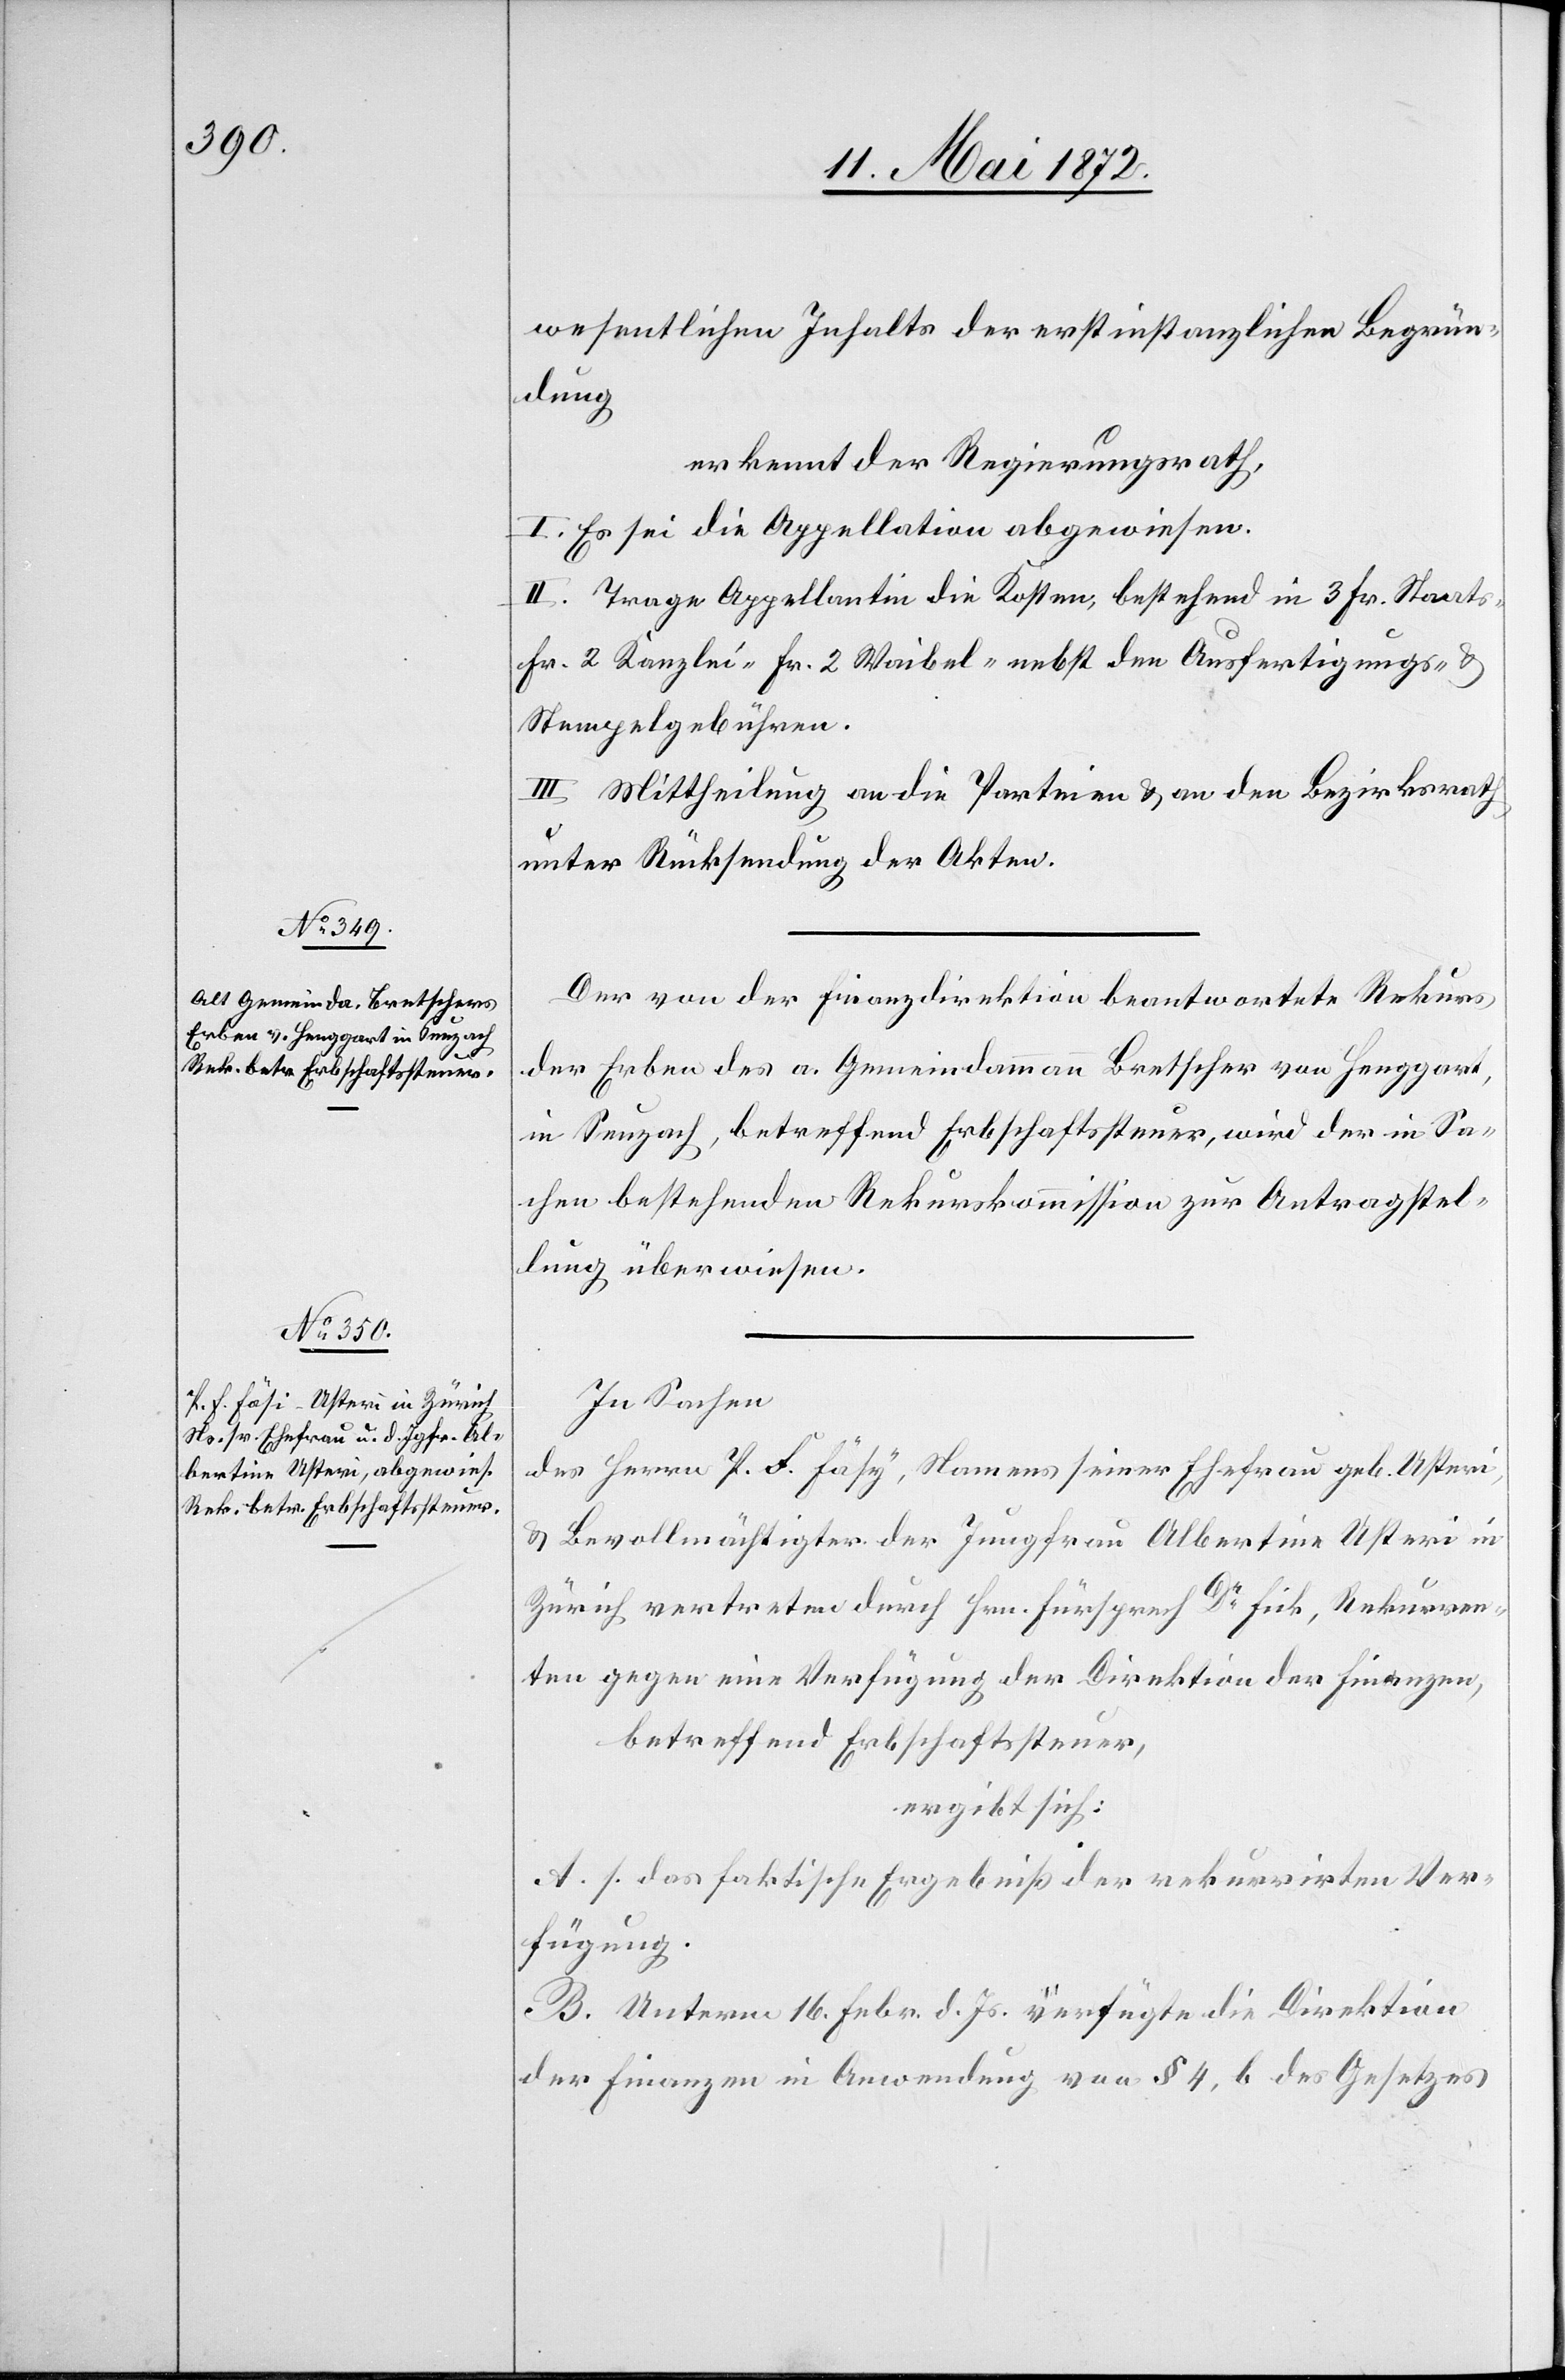
wesentliche Inhalts der erstinstanzlichen Begrün¬
dung
erkennt der Regierungsrath,
I. Es sei die Appellation abgewiesen.
II. Trage Appellantin die Kosten, bestehend in 3 Fr. Staats-[,]
Fr. 2 Kanzlei-[,] Fr. 2 Waibel- nebst den Ausfertigungs- u.
Stempelgebühren.
III. Mittheilung an die Parteien u. an den Bezirksrath
unter Rücksendung der Akten.
Der von der Finanzdirektion beantwortete Rekurs
der Erben des a. Gemeindammann Bretscher von Henggart,
in Seuzach, betreffend Erbschaftssteuer, wird der in Sa¬
chen bestehenden Rekurskommission zur Antragstel¬
lung überwiesen.
In Sachen
des Herrn P. F. Fäsy [sic!], Namens seiner Ehefrau geb. Usteri,
u. Bevollmächtigter der Jungfrau Albertina Usteri in
Zürich vertreten durch Hrn. Fürsprech Dr Fick, Rekurren¬
ten gegen eine Verfügung der Direktion der Finanzen,
betreffend Erbschaftssteuer,
ergibt sich:
A. s. das faktische Ergebniß der rekurrirten Ver¬
fügung.
B. Unterm 16. Febr. d. Js. verfügte die Direktion
der Finanzen in Anwendung von § 4, b des Gesetzes